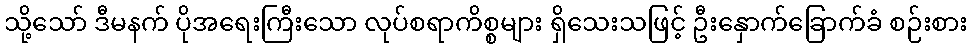
သို့သော် ဒီမနက် ပိုအရေးကြီးသော လုပ်စရာကိစ္စများ ရှိသေးသဖြင့် ဦးနှောက်ခြောက်ခံ စဉ်းစား